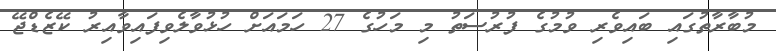
މުބާރާތުގައި ބައިވެރި ވުމުގެ ފުރުސަތު މި މަހުގެ 27 ހަމައަށް ހުޅުވާލެވިފައިވާއިރު ކޭޒެޑްޖޭ